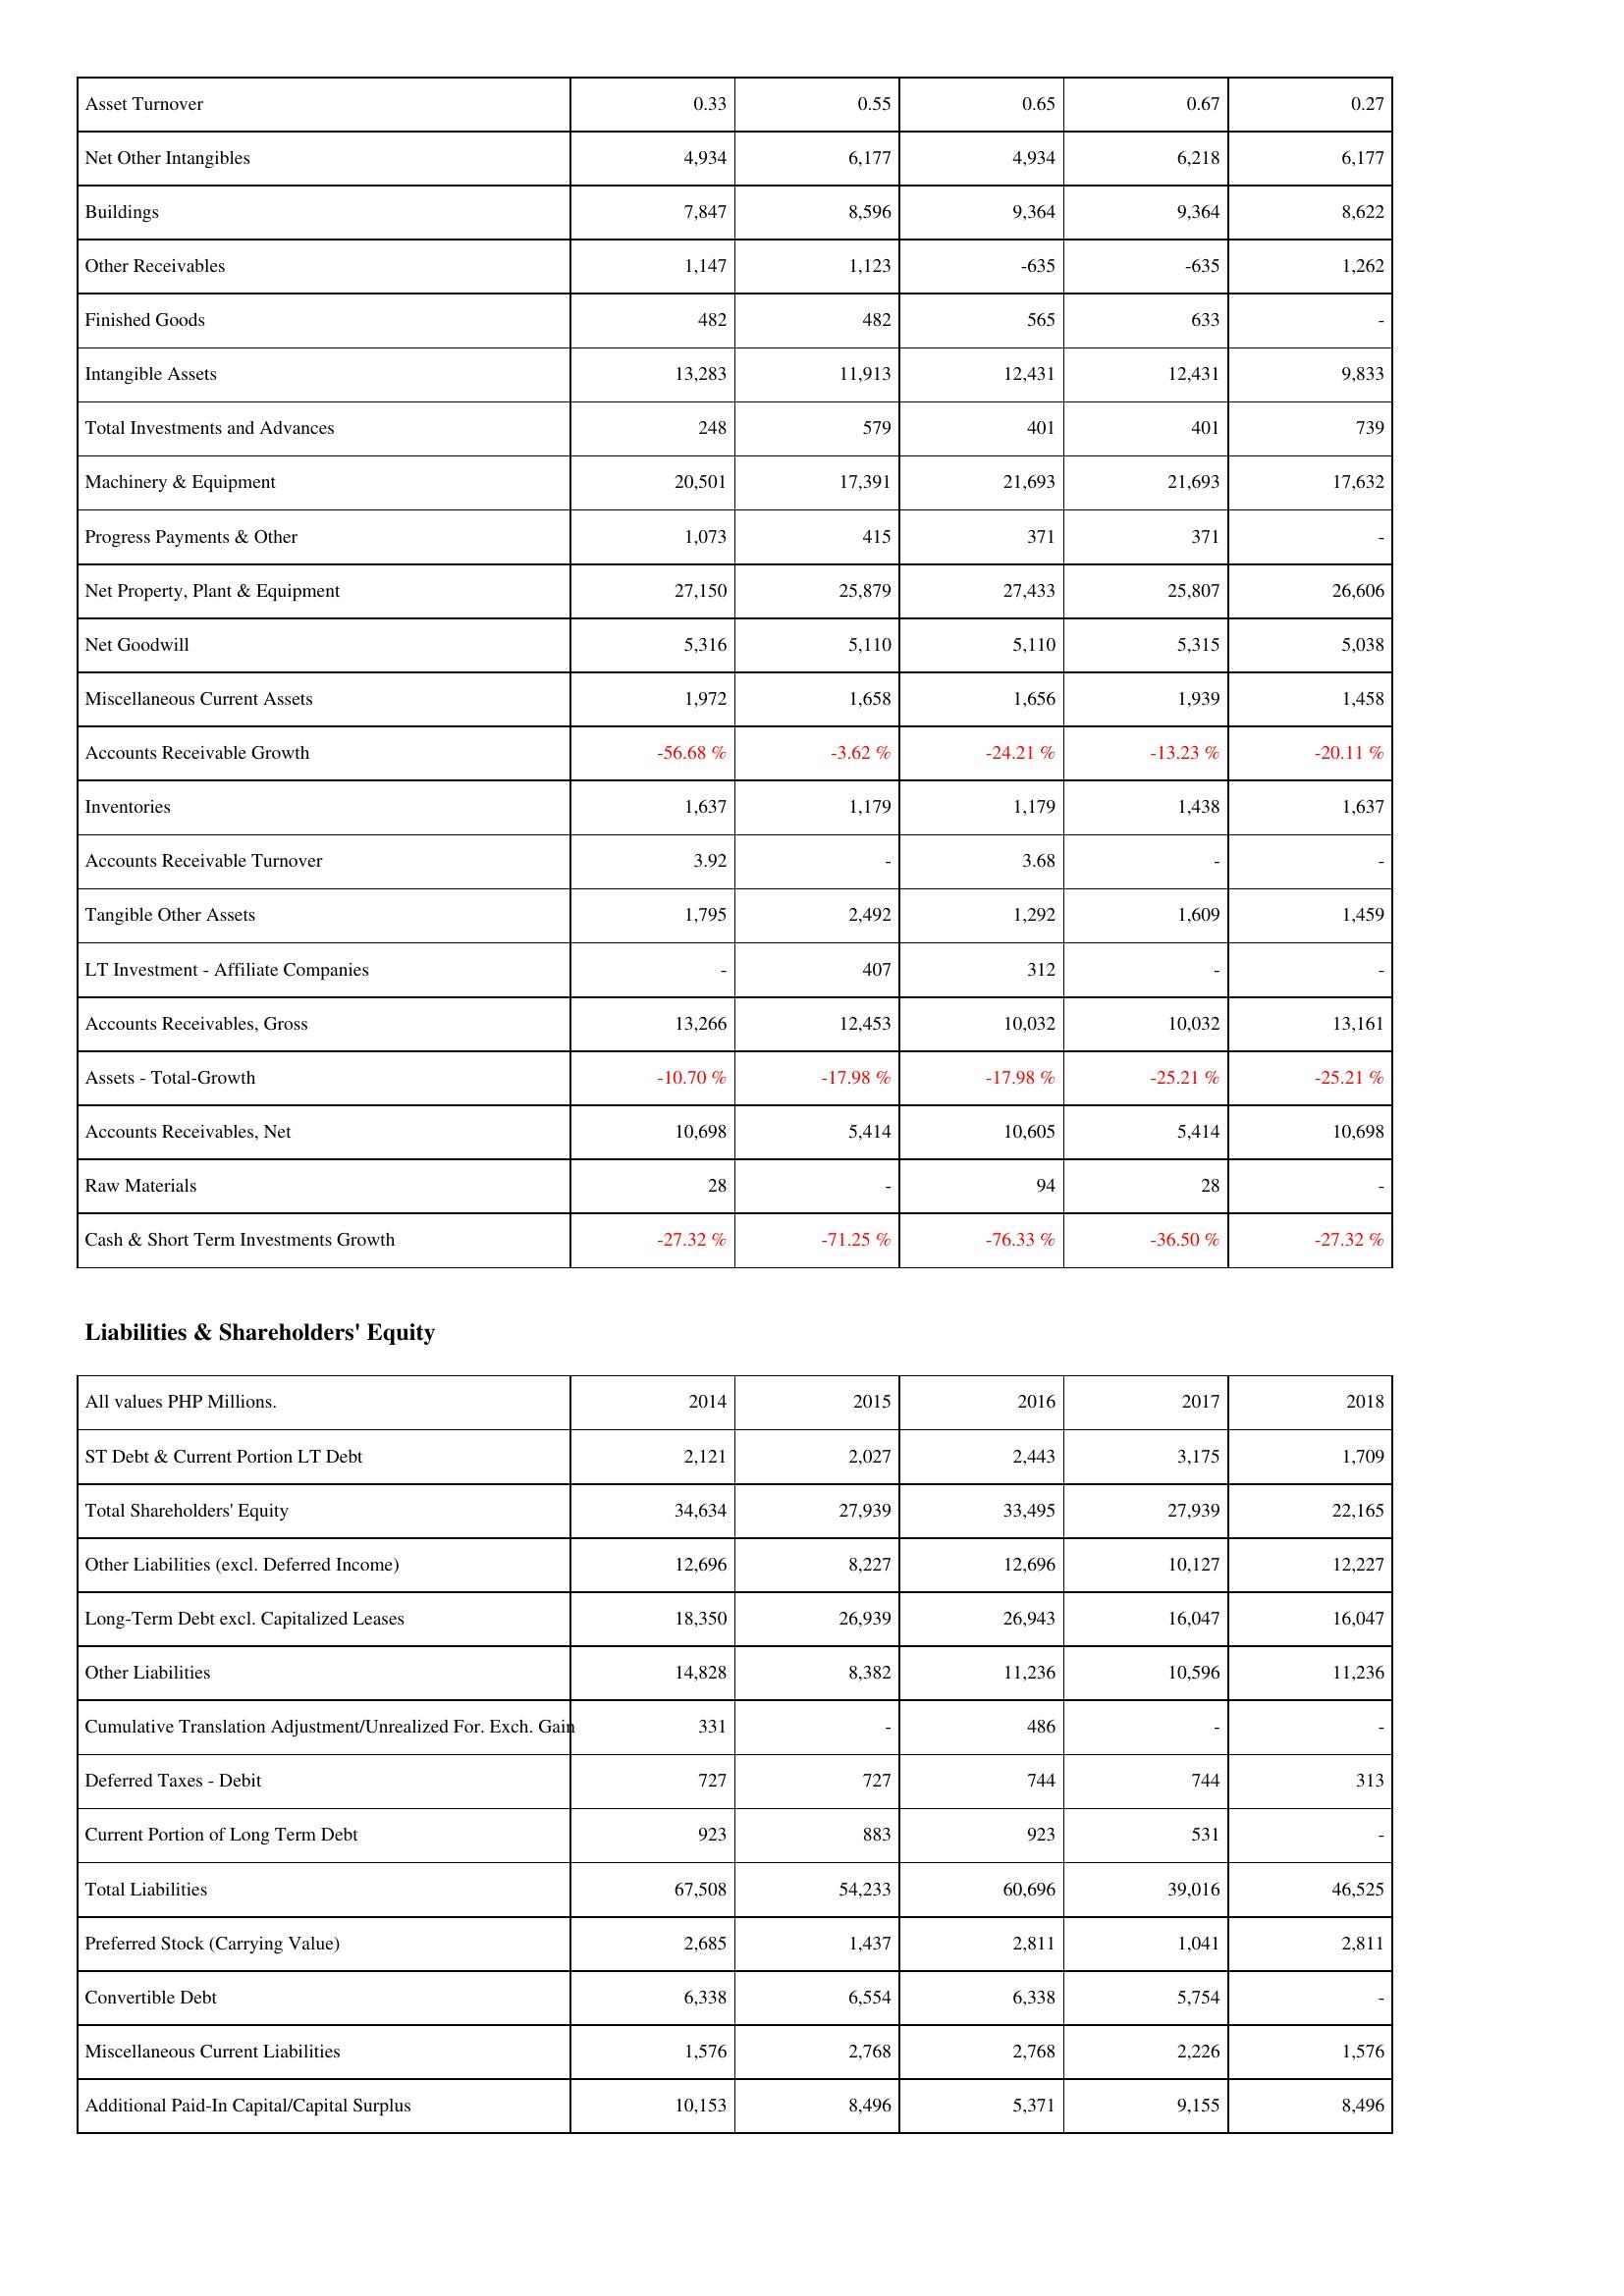
2014: Assets: Asset Turnover: 0.33
Net Other Intangibles: 4,934
Buildings: 7,847
Other Receivables: 1,147
Finished Goods: 482
Intangible Assets: 13,283
Total Investments and Advances: 248
Machinery & Equipment: 20,501
Progress Payments & Other: 1,073
Net Property, Plant & Equipment: 27,150
Net Goodwill: 5,316
Miscellaneous Current Assets: 1,972
Accounts Receivable Growth: -56.68 %
Inventories: 1,637
Accounts Receivable Turnover: 3.92
Tangible Other Assets: 1,795
LT Investment - Affiliate Companies: -
Accounts Receivables, Gross: 13,266
Assets - Total-Growth: -10.70 %
Accounts Receivables, Net: 10,698
Raw Materials: 28
Cash & Short Term Investments Growth: -27.32 %
Liabilities & Shareholders' Equity: ST Debt & Current Portion LT Debt: 2,121
Total Shareholders' Equity: 34,634
Other Liabilities (excl. Deferred Income): 12,696
Long-Term Debt excl. Capitalized Leases: 18,350
Other Liabilities: 14,828
Cumulative Translation Adjustment/Unrealized For. Exch. Gain: 331
Deferred Taxes - Debit: 727
Current Portion of Long Term Debt: 923
Total Liabilities: 67,508
Preferred Stock (Carrying Value): 2,685
Convertible Debt: 6,338
Miscellaneous Current Liabilities: 1,576
Additional Paid-In Capital/Capital Surplus: 10,153
2015: Assets: Asset Turnover: 0.55
Net Other Intangibles: 6,177
Buildings: 8,596
Other Receivables: 1,123
Finished Goods: 482
Intangible Assets: 11,913
Total Investments and Advances: 579
Machinery & Equipment: 17,391
Progress Payments & Other: 415
Net Property, Plant & Equipment: 25,879
Net Goodwill: 5,110
Miscellaneous Current Assets: 1,658
Accounts Receivable Growth: -3.62 %
Inventories: 1,179
Accounts Receivable Turnover: -
Tangible Other Assets: 2,492
LT Investment - Affiliate Companies: 407
Accounts Receivables, Gross: 12,453
Assets - Total-Growth: -17.98 %
Accounts Receivables, Net: 5,414
Raw Materials: -
Cash & Short Term Investments Growth: -71.25 %
Liabilities & Shareholders' Equity: ST Debt & Current Portion LT Debt: 2,027
Total Shareholders' Equity: 27,939
Other Liabilities (excl. Deferred Income): 8,227
Long-Term Debt excl. Capitalized Leases: 26,939
Other Liabilities: 8,382
Cumulative Translation Adjustment/Unrealized For. Exch. Gain: -
Deferred Taxes - Debit: 727
Current Portion of Long Term Debt: 883
Total Liabilities: 54,233
Preferred Stock (Carrying Value): 1,437
Convertible Debt: 6,554
Miscellaneous Current Liabilities: 2,768
Additional Paid-In Capital/Capital Surplus: 8,496
2016: Assets: Asset Turnover: 0.65
Net Other Intangibles: 4,934
Buildings: 9,364
Other Receivables: -635
Finished Goods: 565
Intangible Assets: 12,431
Total Investments and Advances: 401
Machinery & Equipment: 21,693
Progress Payments & Other: 371
Net Property, Plant & Equipment: 27,433
Net Goodwill: 5,110
Miscellaneous Current Assets: 1,656
Accounts Receivable Growth: -24.21 %
Inventories: 1,179
Accounts Receivable Turnover: 3.68
Tangible Other Assets: 1,292
LT Investment - Affiliate Companies: 312
Accounts Receivables, Gross: 10,032
Assets - Total-Growth: -17.98 %
Accounts Receivables, Net: 10,605
Raw Materials: 94
Cash & Short Term Investments Growth: -76.33 %
Liabilities & Shareholders' Equity: ST Debt & Current Portion LT Debt: 2,443
Total Shareholders' Equity: 33,495
Other Liabilities (excl. Deferred Income): 12,696
Long-Term Debt excl. Capitalized Leases: 26,943
Other Liabilities: 11,236
Cumulative Translation Adjustment/Unrealized For. Exch. Gain: 486
Deferred Taxes - Debit: 744
Current Portion of Long Term Debt: 923
Total Liabilities: 60,696
Preferred Stock (Carrying Value): 2,811
Convertible Debt: 6,338
Miscellaneous Current Liabilities: 2,768
Additional Paid-In Capital/Capital Surplus: 5,371
2017: Assets: Asset Turnover: 0.67
Net Other Intangibles: 6,218
Buildings: 9,364
Other Receivables: -635
Finished Goods: 633
Intangible Assets: 12,431
Total Investments and Advances: 401
Machinery & Equipment: 21,693
Progress Payments & Other: 371
Net Property, Plant & Equipment: 25,807
Net Goodwill: 5,315
Miscellaneous Current Assets: 1,939
Accounts Receivable Growth: -13.23 %
Inventories: 1,438
Accounts Receivable Turnover: -
Tangible Other Assets: 1,609
LT Investment - Affiliate Companies: -
Accounts Receivables, Gross: 10,032
Assets - Total-Growth: -25.21 %
Accounts Receivables, Net: 5,414
Raw Materials: 28
Cash & Short Term Investments Growth: -36.50 %
Liabilities & Shareholders' Equity: ST Debt & Current Portion LT Debt: 3,175
Total Shareholders' Equity: 27,939
Other Liabilities (excl. Deferred Income): 10,127
Long-Term Debt excl. Capitalized Leases: 16,047
Other Liabilities: 10,596
Cumulative Translation Adjustment/Unrealized For. Exch. Gain: -
Deferred Taxes - Debit: 744
Current Portion of Long Term Debt: 531
Total Liabilities: 39,016
Preferred Stock (Carrying Value): 1,041
Convertible Debt: 5,754
Miscellaneous Current Liabilities: 2,226
Additional Paid-In Capital/Capital Surplus: 9,155
2018: Assets: Asset Turnover: 0.27
Net Other Intangibles: 6,177
Buildings: 8,622
Other Receivables: 1,262
Finished Goods: -
Intangible Assets: 9,833
Total Investments and Advances: 739
Machinery & Equipment: 17,632
Progress Payments & Other: -
Net Property, Plant & Equipment: 26,606
Net Goodwill: 5,038
Miscellaneous Current Assets: 1,458
Accounts Receivable Growth: -20.11 %
Inventories: 1,637
Accounts Receivable Turnover: -
Tangible Other Assets: 1,459
LT Investment - Affiliate Companies: -
Accounts Receivables, Gross: 13,161
Assets - Total-Growth: -25.21 %
Accounts Receivables, Net: 10,698
Raw Materials: -
Cash & Short Term Investments Growth: -27.32 %
Liabilities & Shareholders' Equity: ST Debt & Current Portion LT Debt: 1,709
Total Shareholders' Equity: 22,165
Other Liabilities (excl. Deferred Income): 12,227
Long-Term Debt excl. Capitalized Leases: 16,047
Other Liabilities: 11,236
Cumulative Translation Adjustment/Unrealized For. Exch. Gain: -
Deferred Taxes - Debit: 313
Current Portion of Long Term Debt: -
Total Liabilities: 46,525
Preferred Stock (Carrying Value): 2,811
Convertible Debt: -
Miscellaneous Current Liabilities: 1,576
Additional Paid-In Capital/Capital Surplus: 8,496